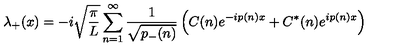
\lambda _ { + } ( x ) = - i \sqrt { { \frac { \pi } { L } } } \sum _ { n = 1 } ^ { \infty } { \frac { 1 } { \sqrt { p _ { - } ( n ) } } } \left( C ( n ) e ^ { - i p ( n ) x } + C ^ { * } ( n ) e ^ { i p ( n ) x } \right)